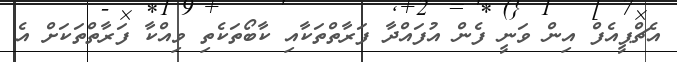
އެޗްޕީއެފް އިން ވަނީ ފެން އުފައްދާ ފަރާތްތަކާއި ކާބޯތަކެތި ވިއްކާ ފަރާތްތަކަށް އެ